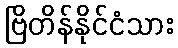
ဗြိတိန်နိုင်ငံသား